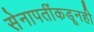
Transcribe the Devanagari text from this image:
सेनापतींकडूनही